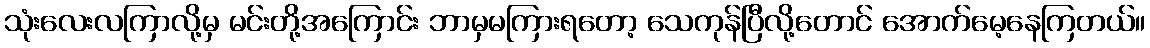
သုံးလေးလကြာလို့မှ မင်းတို့အကြောင်း ဘာမှမကြားရတော့ သေကုန်ပြီလို့တောင် အောက်မေ့နေကြတယ်။